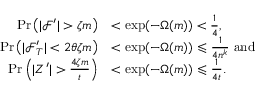
\begin{array} { r l } { \operatorname* { P r } \left( | \mathscr { F } ^ { \prime } | > \zeta m \right) } & { < \exp ( - \Omega ( m ) ) < \frac { 1 } { 4 } , } \\ { \operatorname* { P r } \left( | \mathscr { F } _ { T } ^ { \prime } | < 2 \theta \zeta m \right) } & { < \exp ( - \Omega ( m ) ) \leqslant \frac { 1 } { 4 n ^ { k } } \mathrm { ~ a n d ~ } } \\ { \operatorname* { P r } \left( | Z ^ { \prime } | > \frac { 4 \zeta m } { t } \right) } & { < \exp ( - \Omega ( m ) ) \leqslant \frac { 1 } { 4 t } . } \end{array}